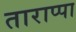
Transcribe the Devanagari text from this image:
ताराप्पा